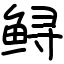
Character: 鲟